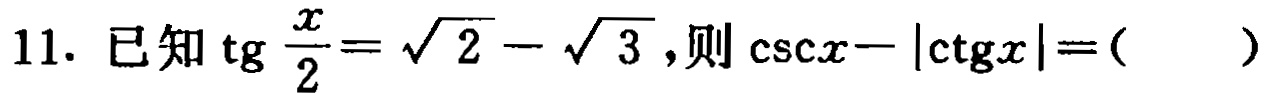
11. 已知$\text{tg}\frac{x}{2}=\sqrt{2}-\sqrt{3}$,则$\csc x -|\text{ctg}x|=($  )